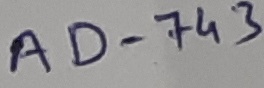
Text: AD-743